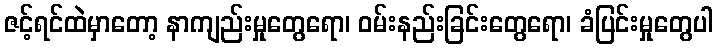
ဇင့်ရင်ထဲမှာတော့ နာကျည်းမှုတွေရော၊ ဝမ်းနည်းခြင်းတွေရော၊ ခံပြင်းမှုတွေပါ